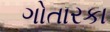
ગોતારકા